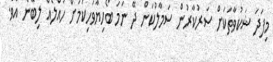
މިފަދަ ޝަކުވާތަކަށް ސަރުކާރުން ސަމާލުކަން ދޭ ނަމަ ބޯހިޔާވަހިކަމަށް ހައްލެއް ލިބޭނެ އެވެ.